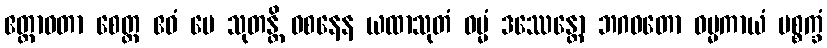
ဧတ္တာဝတာ စေတ္ထ ဧဝံ မေ သုတန္တိ ဝစနေန ယထာသုတံ ဓမ္မံ ဒဿေန္တော ဘဂဝတော ဓမ္မကာယံ ပစ္စက္ခံ